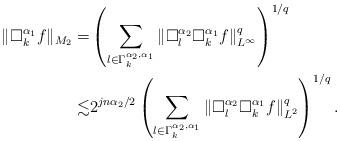
LaTeX: \begin{align*} \|\Box_k^{\alpha_1}f\|_{M_2} = & \left(\sum_{l\in \Gamma_k^{\alpha_2,\alpha_1}}\|\Box_l^{\alpha_2}\Box_k^{\alpha_1}f\|^q_{L^{\infty}}\right)^{1/q} \\ \lesssim & 2^{jn\alpha_2/2}\left(\sum_{l\in \Gamma_k^{\alpha_2,\alpha_1}}\|\Box_l^{\alpha_2}\Box_k^{\alpha_1}f\|^q_{L^{2}}\right)^{1/q}. \end{align*}